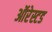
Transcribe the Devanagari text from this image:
ऑरेस्टड